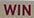
win